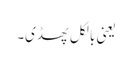
یعنی بالکل پھسڈی۔